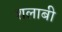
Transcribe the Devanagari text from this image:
शलाबी